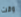
وقت